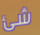
شئ